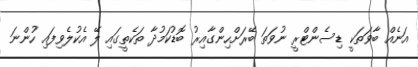
އަނެއް ބާވަތަކީ ޑިސެންޓްރީ ނުވަތަ ބޭރަށްހިންގާއިރު ބޮޑުކަމުދާ ތަކެތީގައި ލޭ އެކުލެވިފައި ހުންނަ